Annual report on the health of the army in India
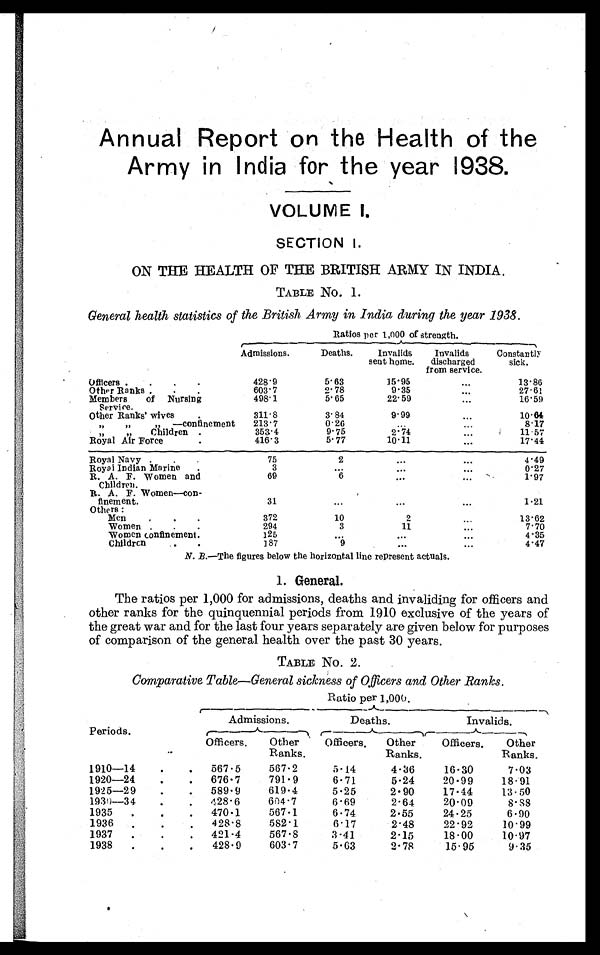
Annual Report on the Health of the
Army in India for the year 1938.
VOLUME I.
SECTION I.
ON THE HEALTH OF THE BRITISH ARMY IN INDIA.
TABLE No. 1.
General health statistics of the British Army in India during the year 1938.
Ratios per 1,000 of strength.
Admissions.
Deaths.
Invalids
sent home.
Invalids
discharged
from service.
Const ant l y
sick.
Officers . . .
428.9
5.63
15.95
. . .
13.86
Other Ranks . . .
603.7
2.78
9.35
. . .
27.61
Members
of Nursing
Service.
498.1
5.65
22.59
. . .
16.59
Other Ranks' wives
311.8
3.84
9.99
. . .
10. 64
" " " — c o n f i n e m e n t 2 1 3 . 7
0.26
. . .
. . .
8 . 1 7
" " Children . . .
353.4
9.75
2.74
. . .
1 1 . 5 7
Royal Air Force . . .
416.3
5.77
10.11
. . .
17.44
Royal Navy . . .
75
2
. . .
. . .
4.49
Royal Indian Marine . . .
3
. . .
. . .
. . .
0.27
R. A. F. Women and
Children.
69
6
. . .
. . .
1.97
R. A. F. Women—con
-flnement.
31
. . .
. . .
. . .
1.21
Others:
Men . . .
372
10
2
. . .
13.62
Women . . .
294
3
11
. . .
7.70
Women confinement . . .
125
. . .
. . .
. . .
4.35
Children . . .
187
9
. . .
. . .
4.47
N. B.—The figures below the horizontal line represent actuals.
1. General.
The ratios per 1,000 for admissions, deaths and invaliding for officers and
other ranks for the quinquennial periods from 1910 exclusive of the years of
the great war and for the last four years separately are given below for purposes
of comparison of the general health over the past 30 years.
TABLE No. 2.
Comparative Table—General sickness of Officers and Other Ranks.
Ratio per 1,000.
Admissions.
Deaths.
Invalids.
Periods.
Officers .
Other
Ranks.
Officers.
Other
Ranks.
Officers.
Other
Ranks.
1910—14 . . .
567.5
567.2
5. 14
4.36
16.30
7.03
1920—24 . . .
676 . 7
791.9
6.71
5.24
20.99
18.91
1925—29 . . .
589 . 9
619.4
5.25
2.90
17.44
13.50
1930—34 . . .
428 .6
604.7
6.69
2.64
20.09
8.88
1935 . . .
470.1
567.1
6.74
2.55
24.25
6.90
1936 . . .
428 . 8
582.1
6.17
2.48
22.92
10.99
1937 . . .
421.4
567.8
3.41
2.15
18.00
10.97
1938 . . .
428.9
603.7
5.63
2.78
15.95
9.35